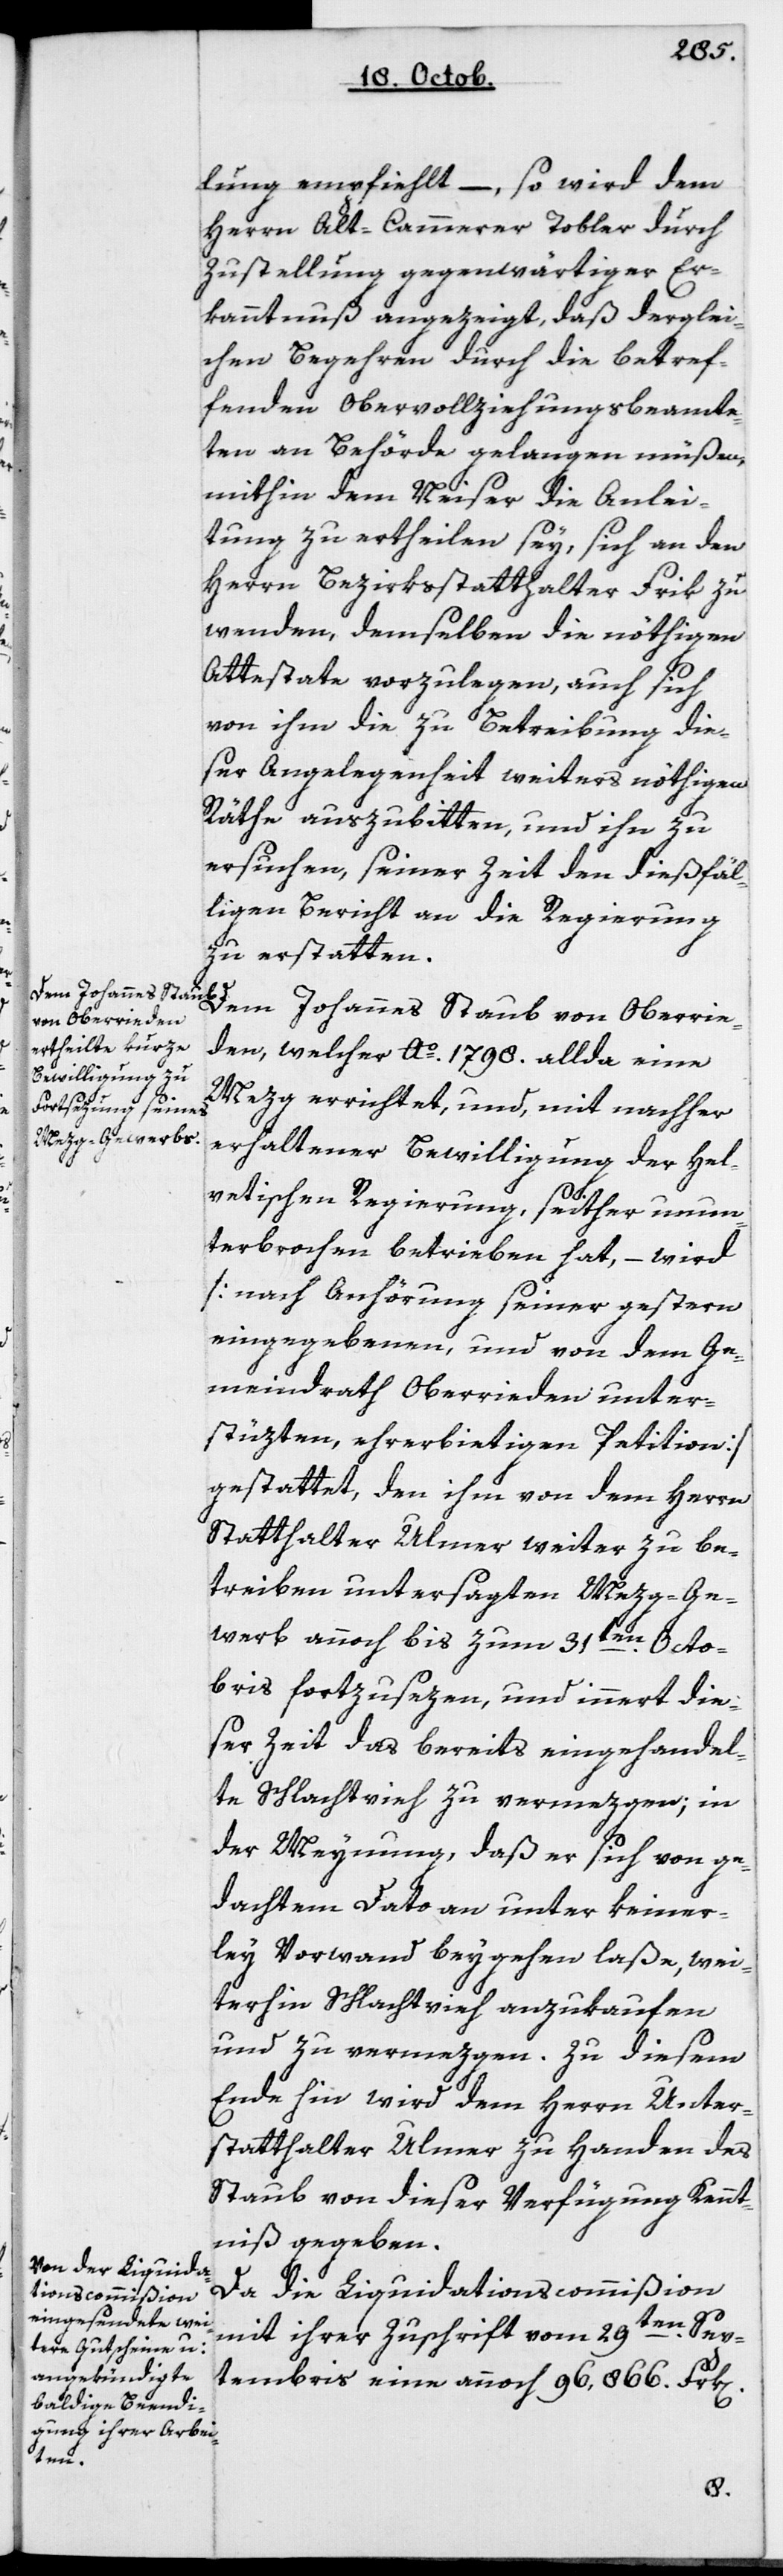
lung empfiehlt, – so wird dem
Herrn Altkammerer Tobler durch
Zustellung gegenwärtiger Er¬
kanntnuß angezeigt, daß derglei¬
chen Begehren durch die betref¬
fenden Obervollziehungsbeamte¬
ten an Behörde gelangen müßen,
mithin dem Neiser die Anlei¬
tung zu ertheilen sey, sich an den
Herrn Bezirksstatthalter Frik zu
wenden, demselben die nöthigen
Attestate vorzulegen, auch sich
von ihm die zu Betreibung die¬
ser Angelegenheit weiters nöthigen
Räthe auszubitten, und ihn zu
ersuchen, seiner Zeit den dießfäl¬
ligen Bericht an die Regierung
zu erstatten.
Dem Johannes Staub von Oberrie¬
den, welcher Ao. 1798 allda eine
Mezg errichtet, und mit nachher
erhaltener Bewilligung der hel¬
vetischen Regierung, seither unun¬
terbrochen betrieben hat, – wird
[nach Anhörung seiner gestern
eingegebenen, und von dem Ge¬
meindrath Oberrieden unter¬
stüzten, ehrerbietigen Petiton]
gestattet, den ihm von dem Herrn
Statthalter Ulmer weiter zu be¬
treiben untersagten Mezg-Ge¬
werb annoch bis zum 31ten Octo¬
bris fortzusezen, und innert die¬
ser Zeit das bereits eingehandel¬
te Schlachtvieh zu vermezgen, in
der Meynung, daß er sich von ge¬
dachtem Dato an unter keiner¬
lei Vorwand beygehen laße, wei¬
terhin Schlachtvieh anzukaufen
und zu vermezgen. Zu diesem
Ende hin wird dem Herrn Unter¬
statthalter Ulmer zu Handen des
Staub von dieser Verfügung Kennt¬
niß gegeben.
Da die Liquidationscommißion
mit ihrer Zuschrift vom 29ten Sep¬
tembris eine annoch 96'866 Frk[en]